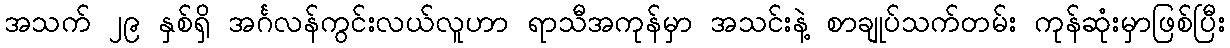
အသက် ၂၉ နှစ်ရှိ အင်္ဂလန်ကွင်းလယ်လူဟာ ရာသီအကုန်မှာ အသင်းနဲ့ စာချုပ်သက်တမ်း ကုန်ဆုံးမှာဖြစ်ပြီး